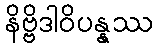
နိဗ္ဗိဒါဝိပန္နဿ